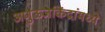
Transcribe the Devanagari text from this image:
अणुऊर्जाकेंद्रांमध्ये